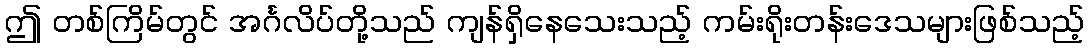
ဤ တစ်ကြိမ်တွင် အင်္ဂလိပ်တို့သည် ကျန်ရှိနေသေးသည့် ကမ်းရိုးတန်းဒေသများဖြစ်သည့်